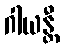
ဂါယန္တီ